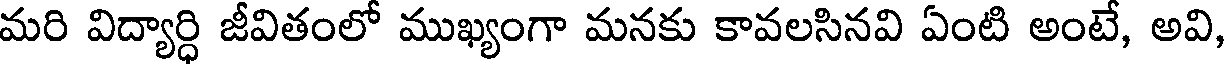
మరి విద్యార్ధి జీవితంలో ముఖ్యంగా మనకు కావలసినవి ఏంటి అంటే, అవి,